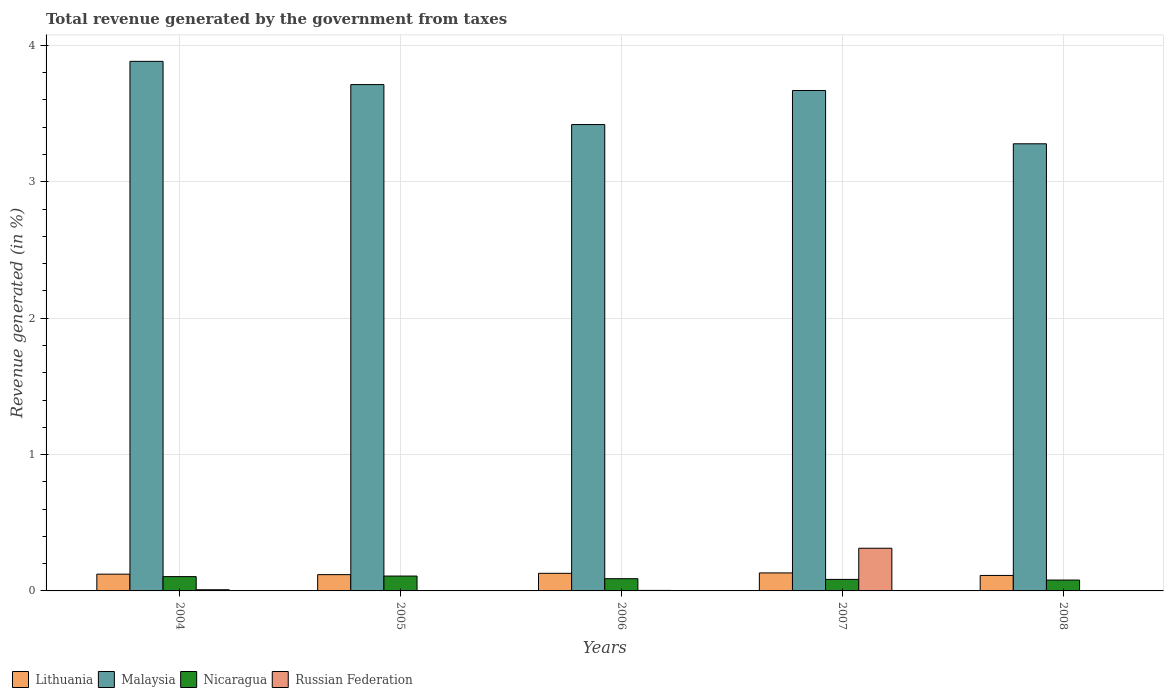
| Years | Lithuania | Malaysia | Nicaragua | Russian Federation |
 | --- | --- | --- | --- | --- |
 | 2004 | 0.123 | 3.88 | 0.105 | 0.0087 |
 | 2005 | 0.119 | 3.71 | 0.109 | 0.00112 |
 | 2006 | 0.129 | 3.42 | 0.0896 | 0.00379 |
 | 2007 | 0.132 | 3.67 | 0.0845 | 0.313 |
 | 2008 | 0.113 | 3.28 | 0.0797 | 0.00212 |